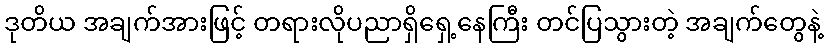
ဒုတိယ အချက်အားဖြင့် တရားလိုပညာရှိရှေ့နေကြီး တင်ပြသွားတဲ့ အချက်တွေနဲ့